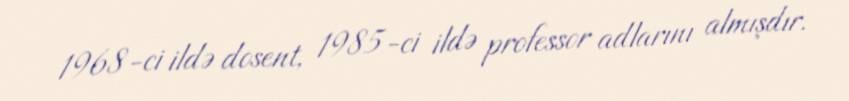
1968-ci ildə dosent, 1985-ci ildə professor adlarını almışdır.